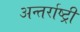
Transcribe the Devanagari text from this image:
अन्तर्राष्ट्री